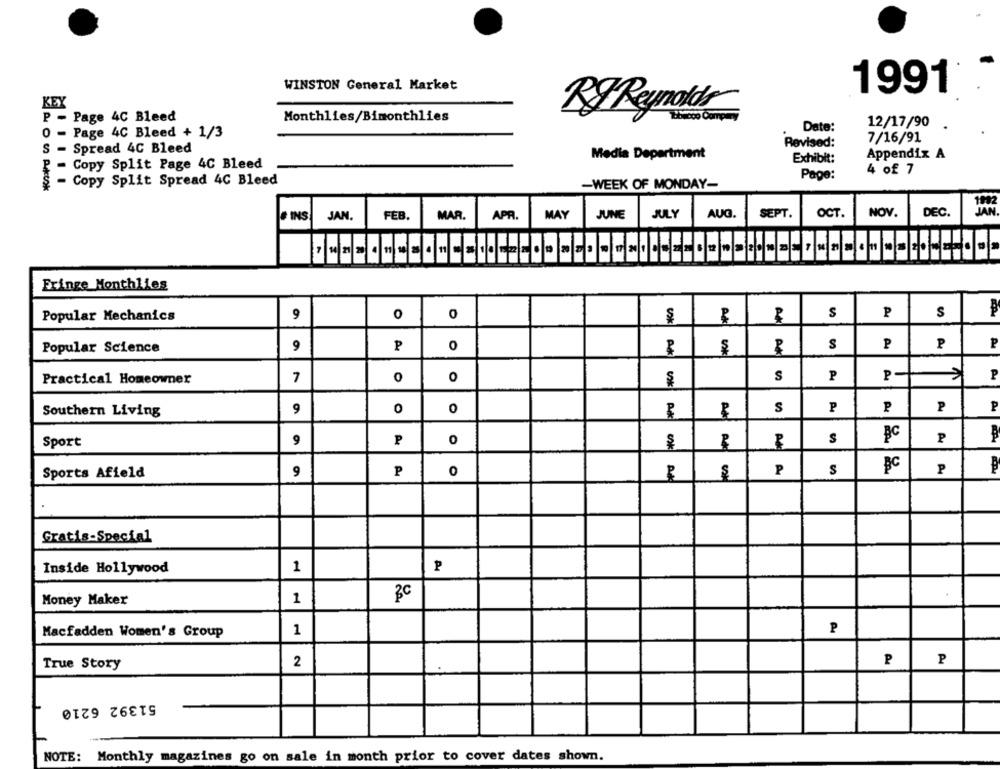
WINSTON General Market
1991
KEX
R& Reynolds
P-
Page 4C Bleed
Monthlies/Bimonthlies
12/17/90
Date:
0
- Page 4C Bleed + 1/3
7/16/91
Revised:
- Spread 4C Bleed
Media Department
Appendix A
Exhibit:
Copy Split Page 4C Bleed
4 of 7
Page:
§ - Copy Split Spread 4C Bleed
-WEEK OF MONDAY-
JAN.
APR.
MAY
JUNE
JULY
AUG.
SEPT.
OCT.
NOV.
DEC.
# INS
FEB.
MAR.
Fringe Monthlies
9
O
0
S
P
S
Popular Mechanics
AK
P
0
s
P
P
Popular Science
9
A*
0
S
P
P-
P
Practical Homeowner
7
0
P
P
Southern Living
9
0
0
S
P
BC
P
Sport
9
P
0
00k
S
BC
P
Sports Afield
9
P
0
P
S
Gratis-Special
Inside Hollywood
1
P
1
BC
Money Maker
1
P
Macfadden Women's Group
P
P
True Story
2
51392 6210
NOTE: Monthly magazines go on sale in month prior to cover dates shown.